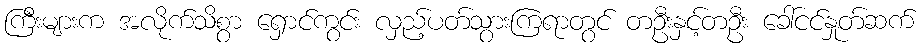
ကြီးများက အလိုက်သိစွာ ရှောင်ကွင်း လှည့်ပတ်သွားကြရာတွင် တဦးနှင့်တဦး ခေါ်ငင်နှုတ်ဆက်